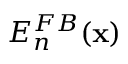
E _ { n } ^ { F B } ( { \bf x } )